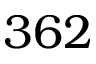
3 6 2